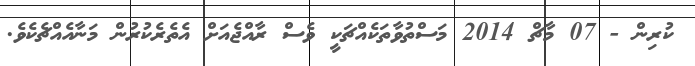
ކުރިން - 07 މާޗް 2014 މަސްތުވާތަކެއްޗަކީ ވެސް ރާއްޖެއަށް އެތެރެކުރުން މަނާއެއްޗެކެވެ.